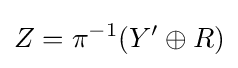
Z=\pi ^{-1}(Y'\oplus R)